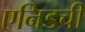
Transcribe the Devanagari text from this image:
एनिडची